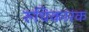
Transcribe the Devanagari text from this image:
रुचिकारक